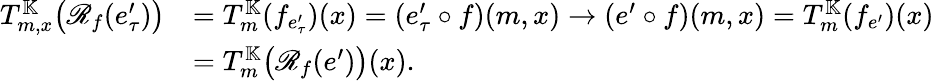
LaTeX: \begin{array}{rl}{T_{m,x}^{\mathbb{K}}\bigl(\mathscr{R}_{f}(e_{\tau}^{\prime})\bigr)}&{=T_{m}^{\mathbb{K}}(f_{e_{\tau}^{\prime}})(x)=(e_{\tau}^{\prime}\circ f)(m,x)\to(e^{\prime}\circ f)(m,x)=T_{m}^{\mathbb{K}}(f_{e^{\prime}})(x)}\\ &{=T_{m}^{\mathbb{K}}\bigl(\mathscr{R}_{f}(e^{\prime})\bigr)(x).}\end{array}